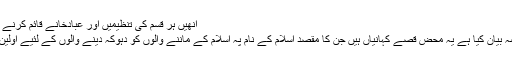
انھیں ہر قسم کی تنظیمیں اور عبادخانے قائم کرنے کی اجازت اور امداد حاصل ہوتی ہے
اوپر جن صاحب نے اپنے چچا کا قصہ بیان کیا ہے یہ محض قصے کہانیاں ہیں جن کا مقصد اسلام کے نام پہ اسلام کے ماننے والوں کو دہوکہ دینے والوں کے لئیے اولین کوشش میں نرم گوشہ پیدا کرنا ہے ۔